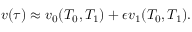
v ( \tau ) \approx v _ { 0 } ( T _ { 0 } , T _ { 1 } ) + \epsilon v _ { 1 } ( T _ { 0 } , T _ { 1 } ) .